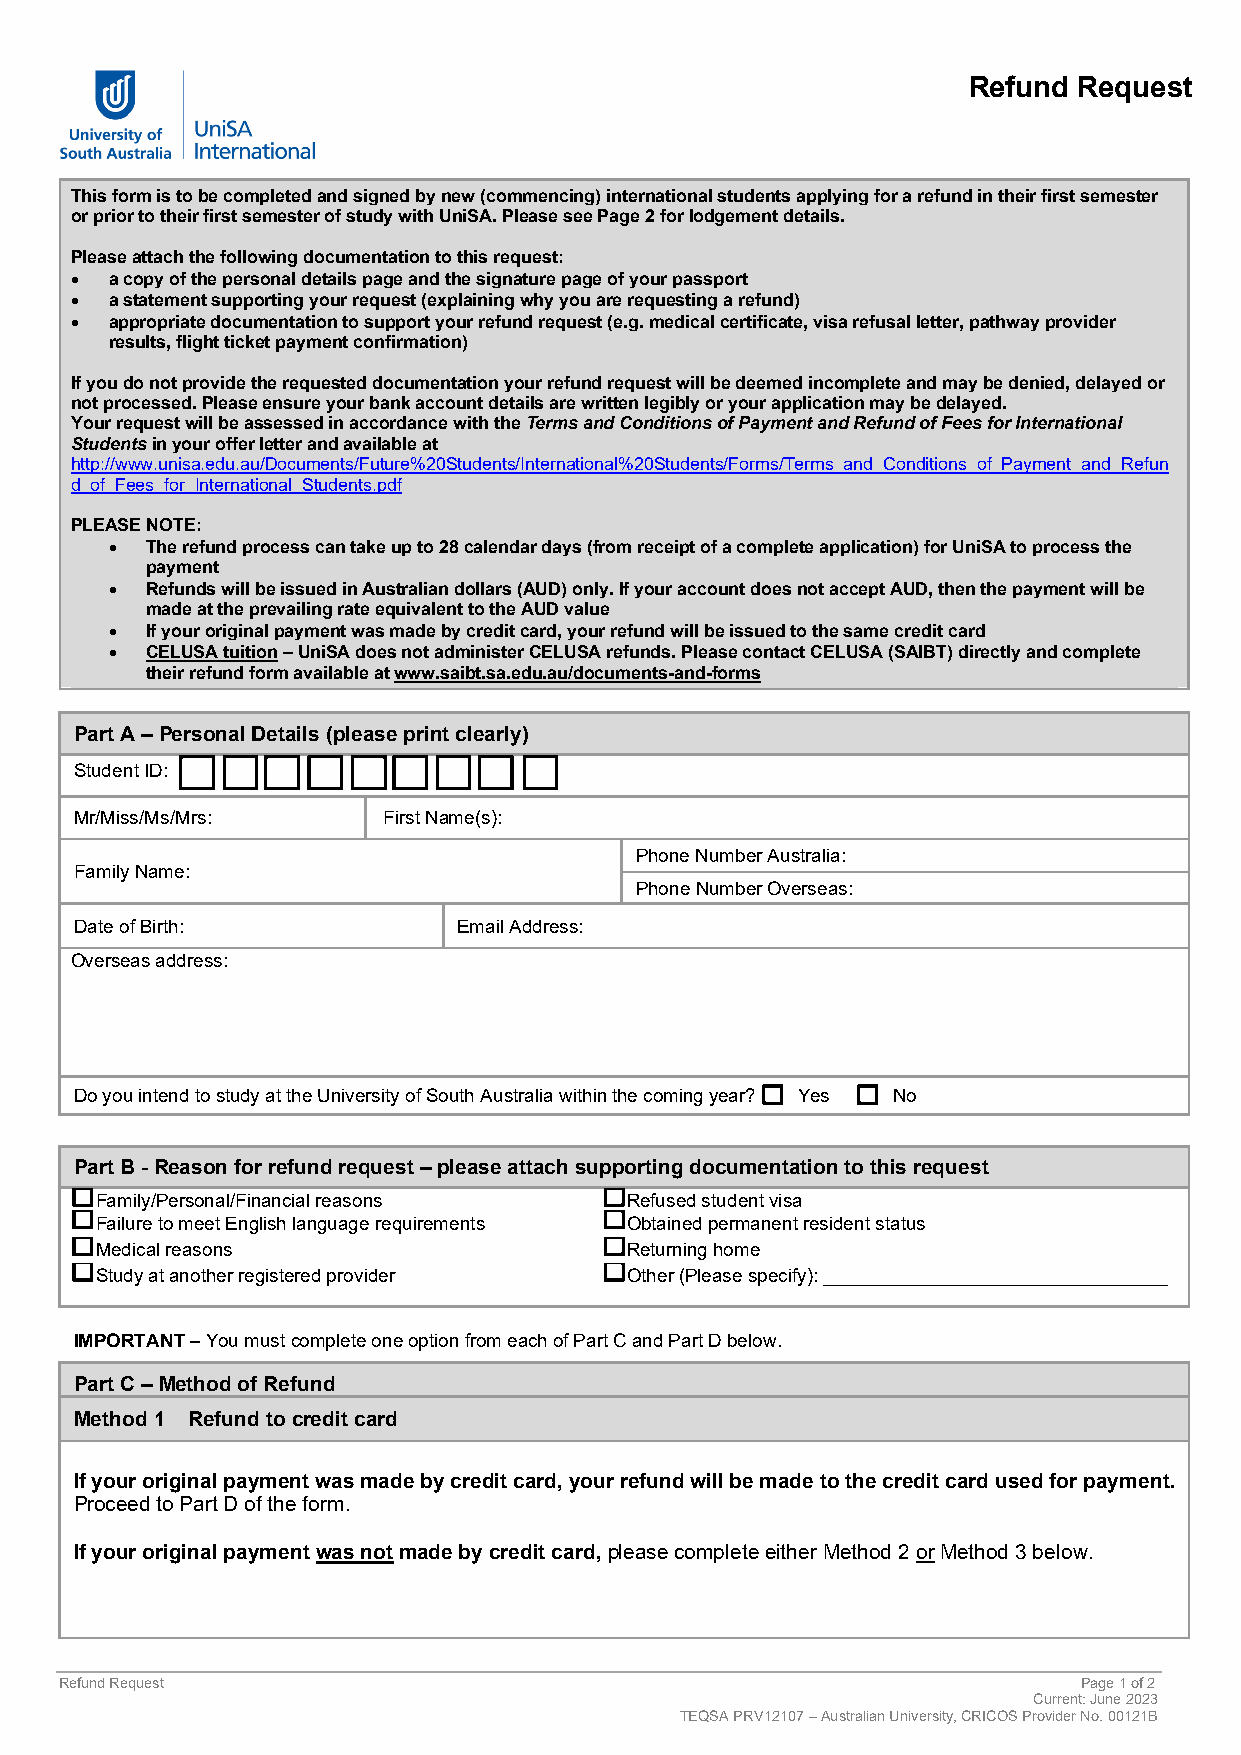
Refund Request
 This form is to be completed and signed by new (commencing) international students applying for a refund in their first semester
 or prior to their first semester of study with UniSA. Please see Page 2 for lodgement details.
 Please attach the following documentation to this request:
 • a copy of the personal details page and the signature page of your passport
 • a statement supporting your request (explaining why you are requesting a refund)
 • appropriate documentation to support your refund request (e.g. medical certificate, visa refusal letter, pathway provider
 results, flight ticket payment confirmation)
 If you do not provide the requested documentation your refund request will be deemed incomplete and may be denied, delayed or
 not processed. Please ensure your bank account details are written legibly or your application may be delayed.
 Your request will be assessed in accordance with the Terms and Conditions of Payment and Refund of Fees for International
 Students in your offer letter and available at
 http://www.unisa.edu.au/Documents/Future%20Students/International%20Students/Forms/Terms_and_Conditions_of_Payment_and_Refun
 d_of_Fees_for_International_Students.pdf
 PLEASE NOTE:
 •  The refund process can take up to 28 calendar days (from receipt of a complete application) for UniSA to process the
 payment
 •  Refunds will be issued in Australian dollars (AUD) only. If your account does not accept AUD, then the payment will be
 made at the prevailing rate equivalent to the AUD value
 •  If your original payment was made by credit card, your refund will be issued to the same credit card
 •  CELUSA tuition – UniSA does not administer CELUSA refunds. Please contact CELUSA (SAIBT) directly and complete
 their refund form available at www.saibt.sa.edu.au/documents-and-forms
 Part A – Personal Details (please print clearly)
 Student ID:
 Mr/Miss/Ms/Mrs:     First Name(s):
 Phone Number Australia:
 Family Name:
 Phone Number Overseas:
 Date of Birth:           Email Address:
 Overseas address:
 Do you intend to study at the University of South Australia within the coming year? Yes No
 Part B - Reason for refund request – please attach supporting documentation to this request
 Family/Personal/Financial reasons  Refused student visa
 Failure to meet English language requirements Obtained permanent resident status
 Medical reasons                    Returning home
 Study at another registered provider Other (Please specify): _________________________________
 IMPORTANT – You must complete one option from each of Part C and Part D below.
 Part C – Method of Refund
 Method 1 Refund to credit card
 If your original payment was made by credit card, your refund will be made to the credit card used for payment.
 Proceed to Part D of the form.
 If your original payment was not made by credit card, please complete either Method 2 or Method 3 below.
 Refund Request                                                      Page 1 of 2
 Current: June 2023
 TEQSA PRV12107 – Australian University, CRICOS Provider No. 00121B